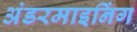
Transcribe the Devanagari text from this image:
अंडरमाइनिंग